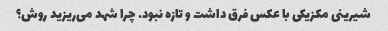
شیرینی مکزیکی با عکس فرق داشت و تازه نبود. چرا شهد می‌ریزید روش؟